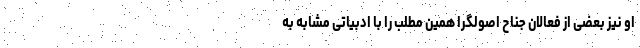
او نیز بعضی از فعالان جناح اصولگرا همین مطلب را با ادبیاتی مشابه به